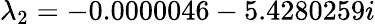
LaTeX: \lambda_{2}=-0.0000046-5.4280259i